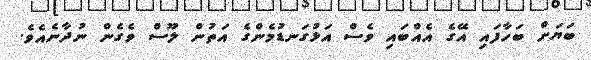
ބަޔަށް ބަހާފައި އޭގެ އެއްބައި ވެސް އަޅުގަނޑުމެންގެ އަތުން ލޫސް ވެގެން ނުދާނެއެވެ.